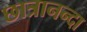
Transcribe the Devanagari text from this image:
छात्रानन्दा